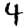
Digit: 4